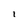
Character: l